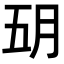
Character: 𬁶